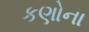
કણોના